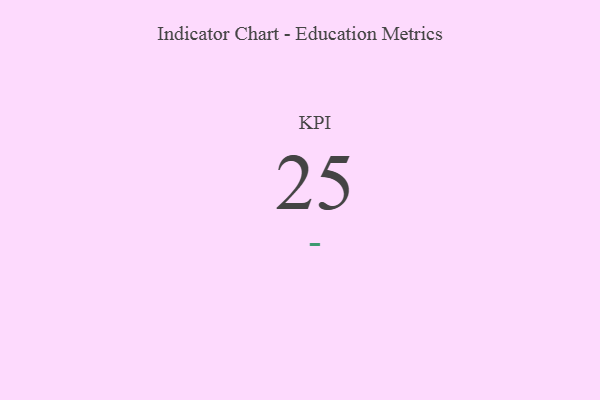
{"axis": {"x": "KPI", "y": "Value"}, "legend": [""], "data": [{"x": "KPI", "y": 25, "type": ""}]}